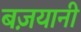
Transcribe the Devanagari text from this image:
बज़यानी